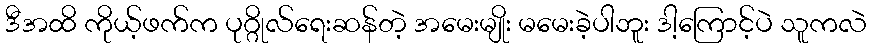
ဒီအထိ ကိုယ့်ဖက်က ပုဂ္ဂိုလ်ရေးဆန်တဲ့ အမေးမျိုး မမေးခဲ့ပါဘူး ဒါ့ကြောင့်ပဲ သူကလဲ